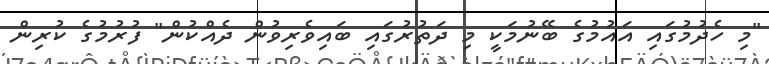
"މި ހެދުމުގައި އައުމުގެ ބޭނުމަކީ މި ދަތުރުގައި ބައިވެރިވުން ދެއްކުން" ފުރުމުގެ ކުރިން